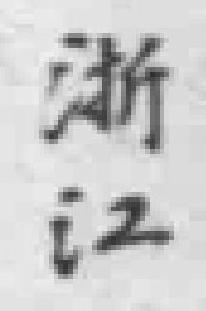
浙江